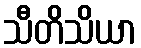
သီတိသိယာ